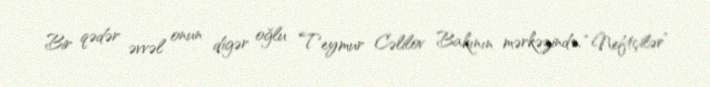
Bir qədər əvvəl onun digər oğlu Teymur Cəlilov Bakının mərkəzində, “Neftçilər”